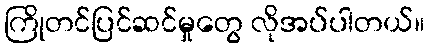
ကြိုတင်ပြင်ဆင်မှုတွေ လိုအပ်ပါတယ်။